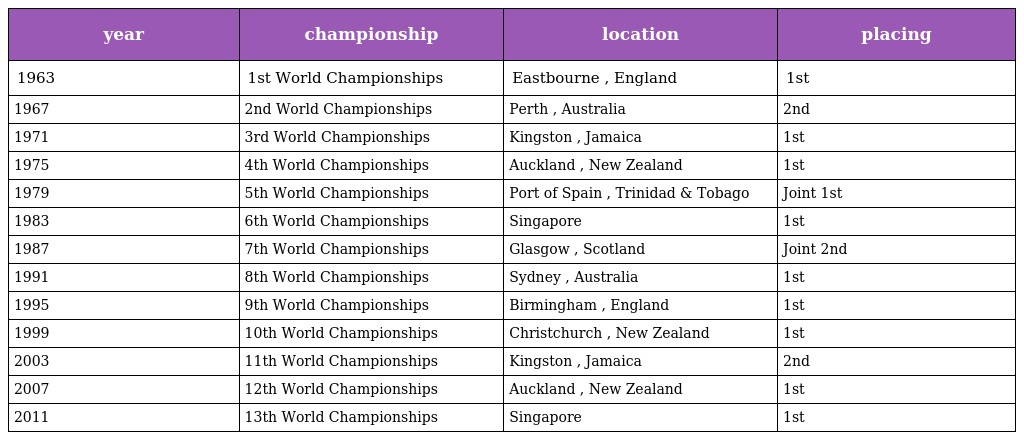
| year | championship | location | placing |
 | --- | --- | --- | --- |
 | 1963 | 1st World Championships | Eastbourne , England | 1st |
 | 1967 | 2nd World Championships | Perth , Australia | 2nd |
 | 1971 | 3rd World Championships | Kingston , Jamaica | 1st |
 | 1975 | 4th World Championships | Auckland , New Zealand | 1st |
 | 1979 | 5th World Championships | Port of Spain , Trinidad & Tobago | Joint 1st |
 | 1983 | 6th World Championships | Singapore | 1st |
 | 1987 | 7th World Championships | Glasgow , Scotland | Joint 2nd |
 | 1991 | 8th World Championships | Sydney , Australia | 1st |
 | 1995 | 9th World Championships | Birmingham , England | 1st |
 | 1999 | 10th World Championships | Christchurch , New Zealand | 1st |
 | 2003 | 11th World Championships | Kingston , Jamaica | 2nd |
 | 2007 | 12th World Championships | Auckland , New Zealand | 1st |
 | 2011 | 13th World Championships | Singapore | 1st |